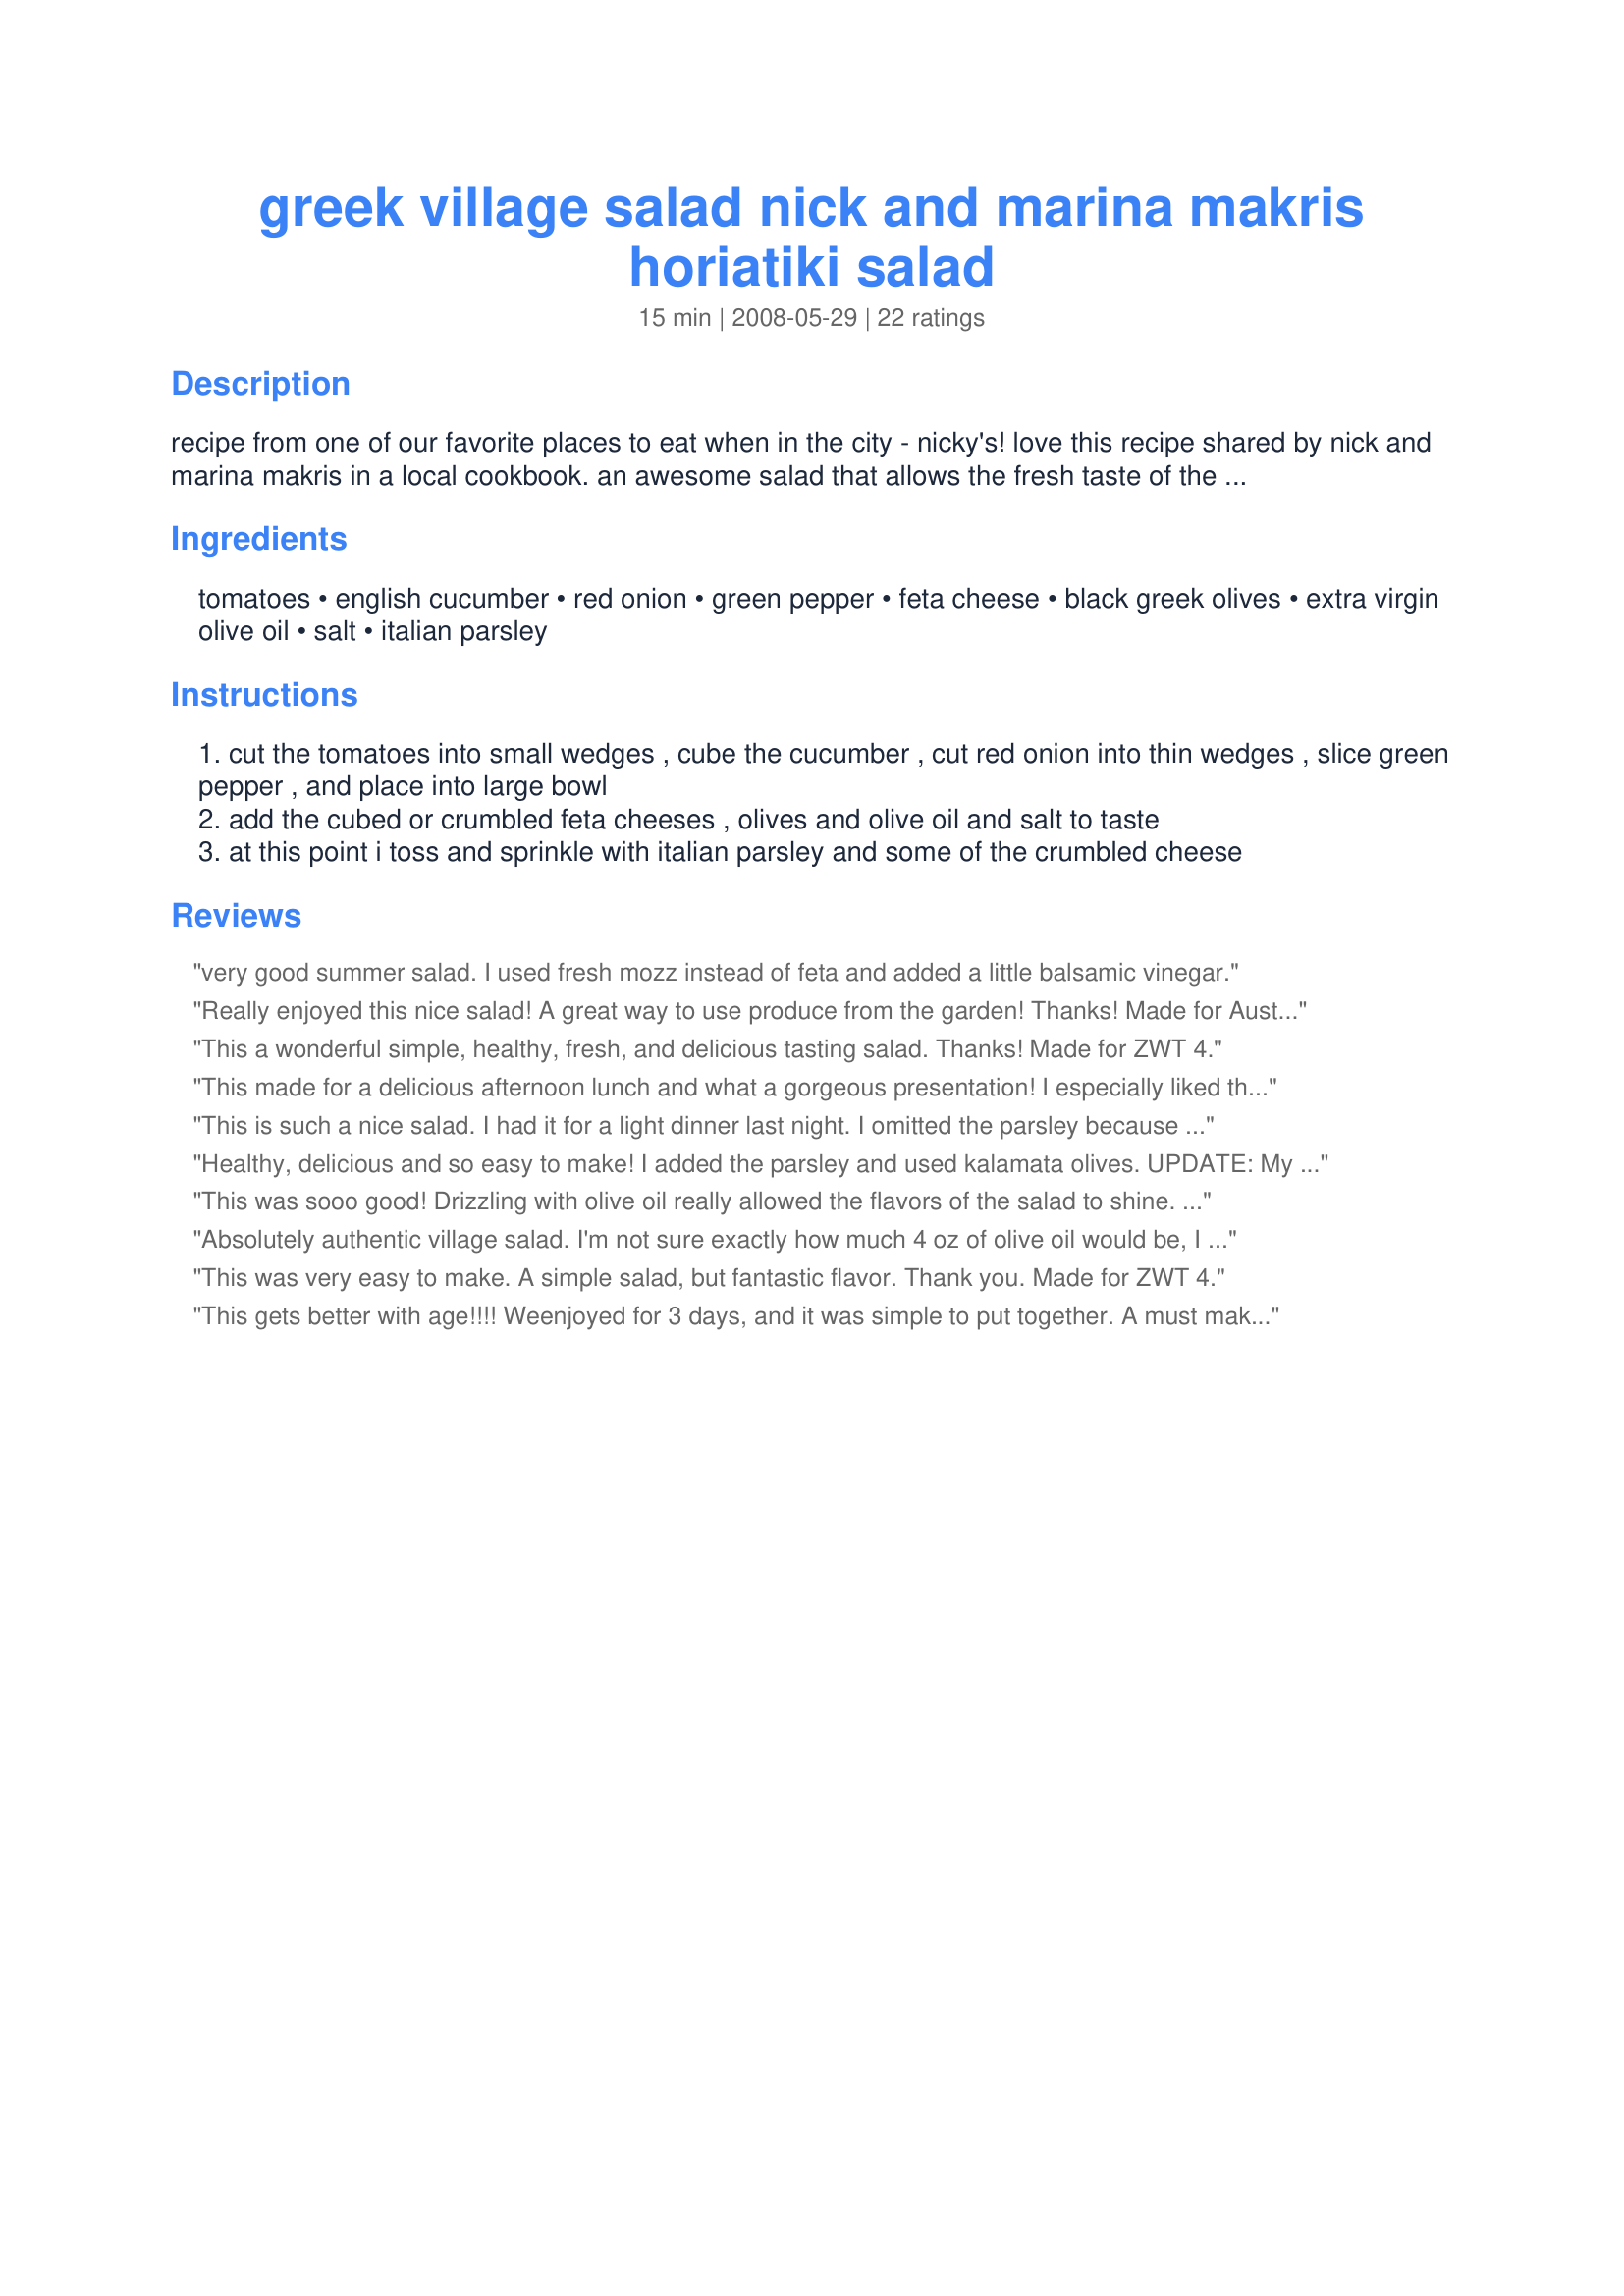
greek village salad nick and marina makris horiatiki salad
Preparation time: 15 minutes

recipe from one of our favorite places to eat when in the city - nicky's! love this recipe shared by nick and marina makris in a local cookbook. an awesome salad that allows the fresh taste of the ingredients to shine and just the way i like it! i do offer a greek dressing when serving to guests, but find most enjoy the salad unadorned - and always an empty bowl.

Ingredients:
tomatoes, english cucumber, red onion, green pepper, feta cheese, black greek olives, extra virgin olive oil, salt, italian parsley

Steps:
cut the tomatoes into small wedges , cube the cucumber , cut red onion into thin wedges , slice green pepper , and place into large bowl
add the cubed or crumbled feta cheeses , olives and olive oil and salt to taste
at this point i toss and sprinkle with italian parsley and some of the crumbled cheese

Reviews:
very good summer salad. I used fresh mozz instead of feta and added a little balsamic vinegar.
Really enjoyed this nice salad! A great way to use produce from the garden! Thanks! Made for Australian Swap-Aug. 2009.
This a wonderful simple, healthy, fresh, and delicious tasting salad. Thanks! Made for ZWT 4.
This made for a delicious afternoon lunch and what a gorgeous presentation! I especially liked the contribution of the black olives and the parsley to this dish. I chopped the olives for more even distribution (personal preference). I used the suggested amount of olive oil and feta and would not change a thing about this salad. I will enjoy this many times to come this summer, and am looking forward to the time when I can pick some of the fresh ingredients from my garden. Thanks for posting this keeper. Made for ZWT4.
This is such a nice salad. I had it for a light dinner last night. I omitted the parsley because DD doesn't like it, used green olives due to family preference and I forgot to add the onion (oops). I cut the recipe in half but kept all the ingredients proportionally as they were written. The salad was still excellent even without the onion. Made for ZWT4
Healthy, delicious and so easy to make! I added the parsley and used kalamata olives. UPDATE: My husband has continued to ask for this which is great! I have been making it on a weekly basis and taking it to work. I love that it's so healthy!
This was sooo good! Drizzling with olive oil really allowed the flavors of the salad to shine. Made for the Tastebud Tickling Travellers during ZWT 4.
Absolutely authentic village salad. I'm not sure exactly how much 4 oz of olive oil would be, I just drizzle it on by eye to allow a nice, light coating on the veggies. This traditional Greek salad is, imho, probably one of the world's great salads. Do try this version.
This was very easy to make. A simple salad, but fantastic flavor. Thank you. Made for ZWT 4.
This gets better with age!!!! Weenjoyed for 3 days, and it was simple to put together. A must make again for sure.
Fabulous salad!..... Will make again. I made this for family and everyone loved it.
Oh lovely! And very pretty--the red of the tomatoes (I used grape tomatoes as the large ones aren't ripe yet) and the black of the olives--gorgeous. I added just a squeeze of lemon. Thanks, Gerry.
I made this this morning and wow is it good. I left out the oil, salt and parsley. It is great by itself. It is also very easy to make. Thanks for the recipe
Very tasty! We had it as a side dish to my Recipe #353012. I used cherry tomatoes since those are the only "in season" right now. I also used my expensive olive oil on this one. Thanks for posting! Made for AUS/NZ
Light and delicious! Perfect for a hot summer evening. Thanks for sharing!
You're not kidding being enjoyed by everyone! Gobbled this as fast as it was made, and a thrill to prep and put together. I used a garden cucumber, but other then that, stayed perfectly to the wonderful salad. Just perfect in every way. Thanks for posting!
What can I say? Delicious and fresh. I got half way into making this and realized that my red onion had been used earlier in the week. I substituted a large shallot. In place of the parsley, I added in some oregano. Made for *Aussie Swap*
Aussie Swap 26: Simple, healthy, flavorful - veggies at their best. I love this salad!
Yummy! We love Greek salad so DH and I enjoyed having this. It was easy to make it and the blend of flavors were just perfect. DH later on asked me to make this again and smiled when I served this to him. Thanks, Gerry! Made for Recipe Swap #17.
awsome salad my family loved it also it's quick and easy to make goes well with evreything
Absolutely delightful! Cannot get any easier or simpler than this! LOVED the fresh flavours without any other add-ins. I just tossed them all up in a bit of olive oil and added in the pre-cubed feta cheese that comes in herb-infused olive oil in jars. And I added in green olives since didn't have any black ones. I thought it didn't need any parsley so I left it out. Thank you, Gerry999, for sharing this simple yet wonderful recipe, definitely will be making it again. Made for Camera-less Chef Tag Event #5, '08.
This was just great. Lovely and fresh and so healthy. I used a lemon infused olive oil. Enjoyed by everyone.
